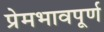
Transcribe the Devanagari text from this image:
प्रेमभावपूर्ण